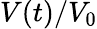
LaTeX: V(t)/V_{0}